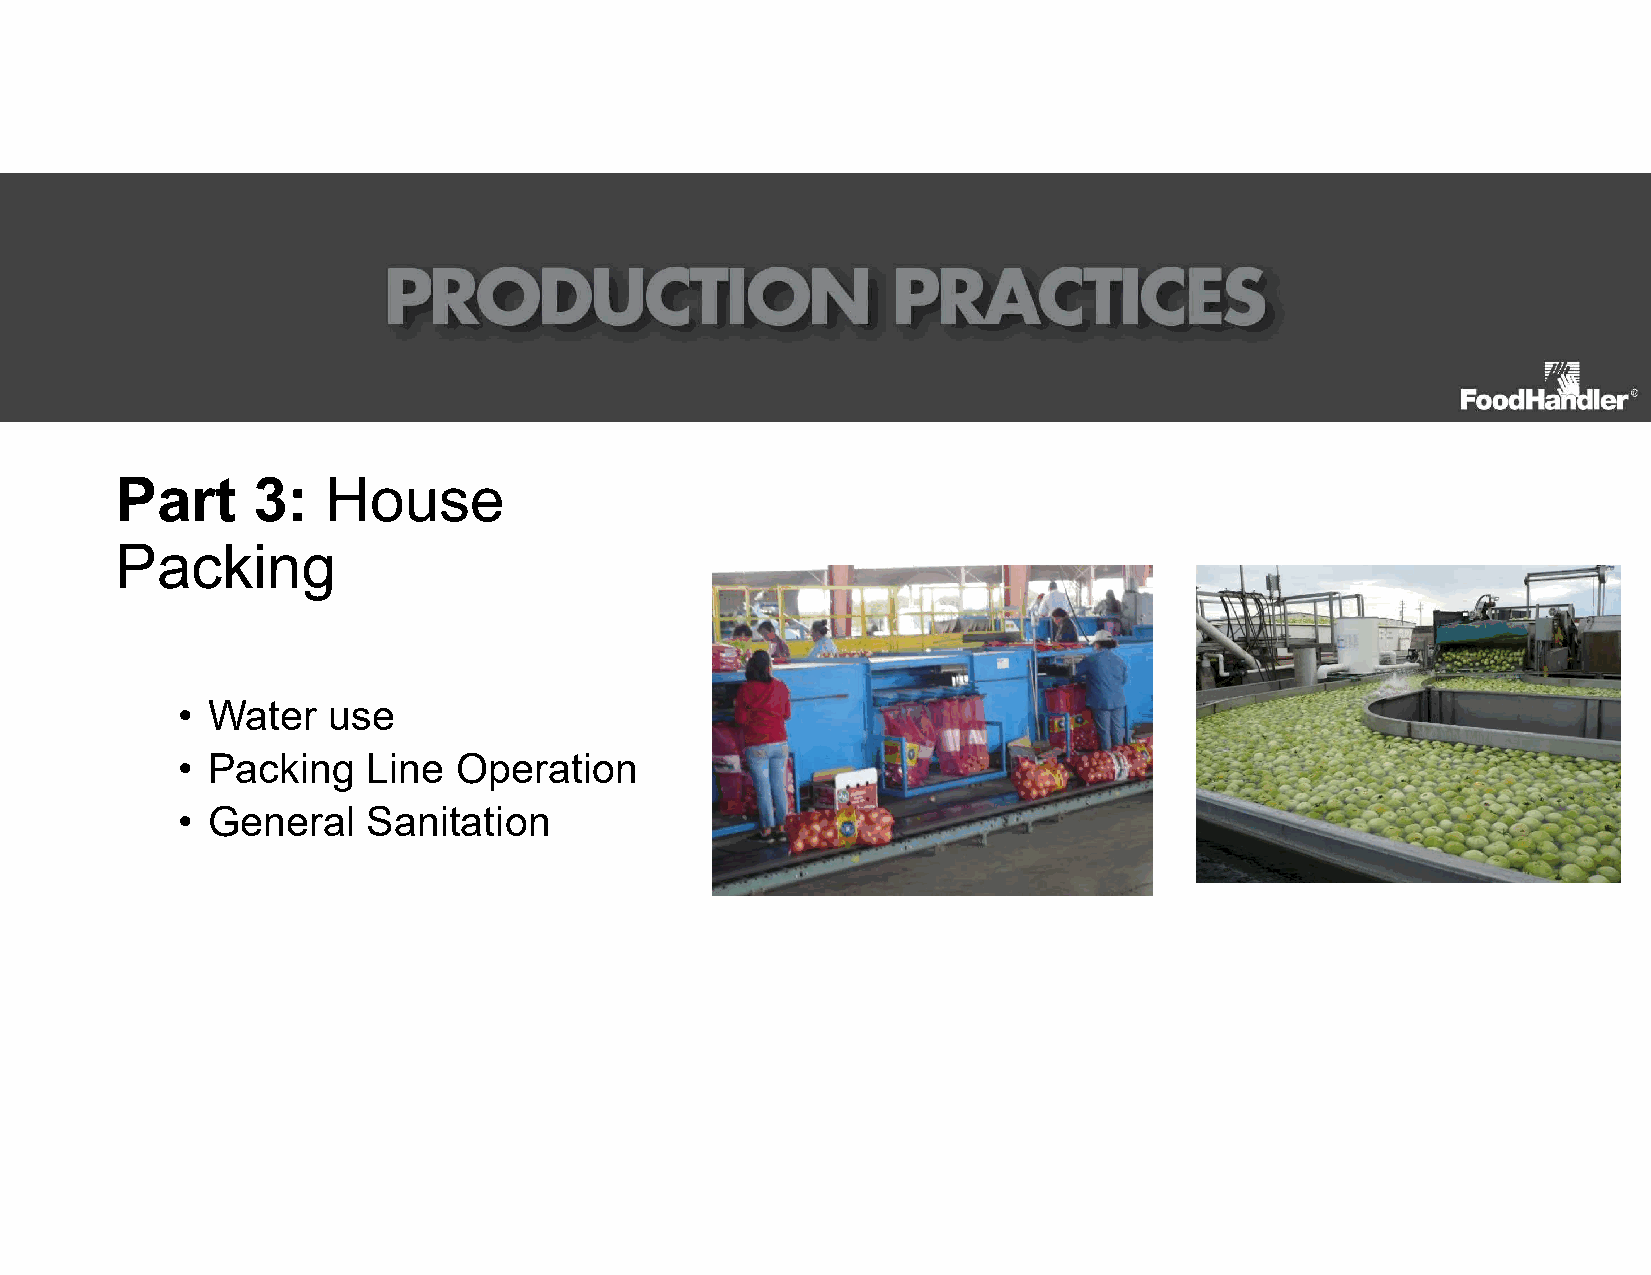
Part     3:   House
 Packing
 • Water   use
 • Packing   Line  Operation
 • General   Sanitation